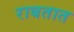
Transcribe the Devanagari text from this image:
राबतात